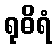
ရုဓိရံ